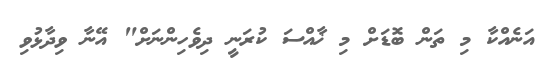
އަނެއްކާ މި ތަން ބޮޑަށް މި ޚާއްސަ ކުރަނީ ދިވެހިންނަށް" އޭނާ ވިދާޅުވި